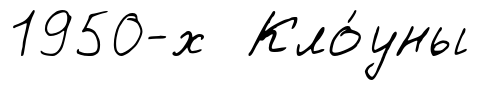
1950-х Кло́уны